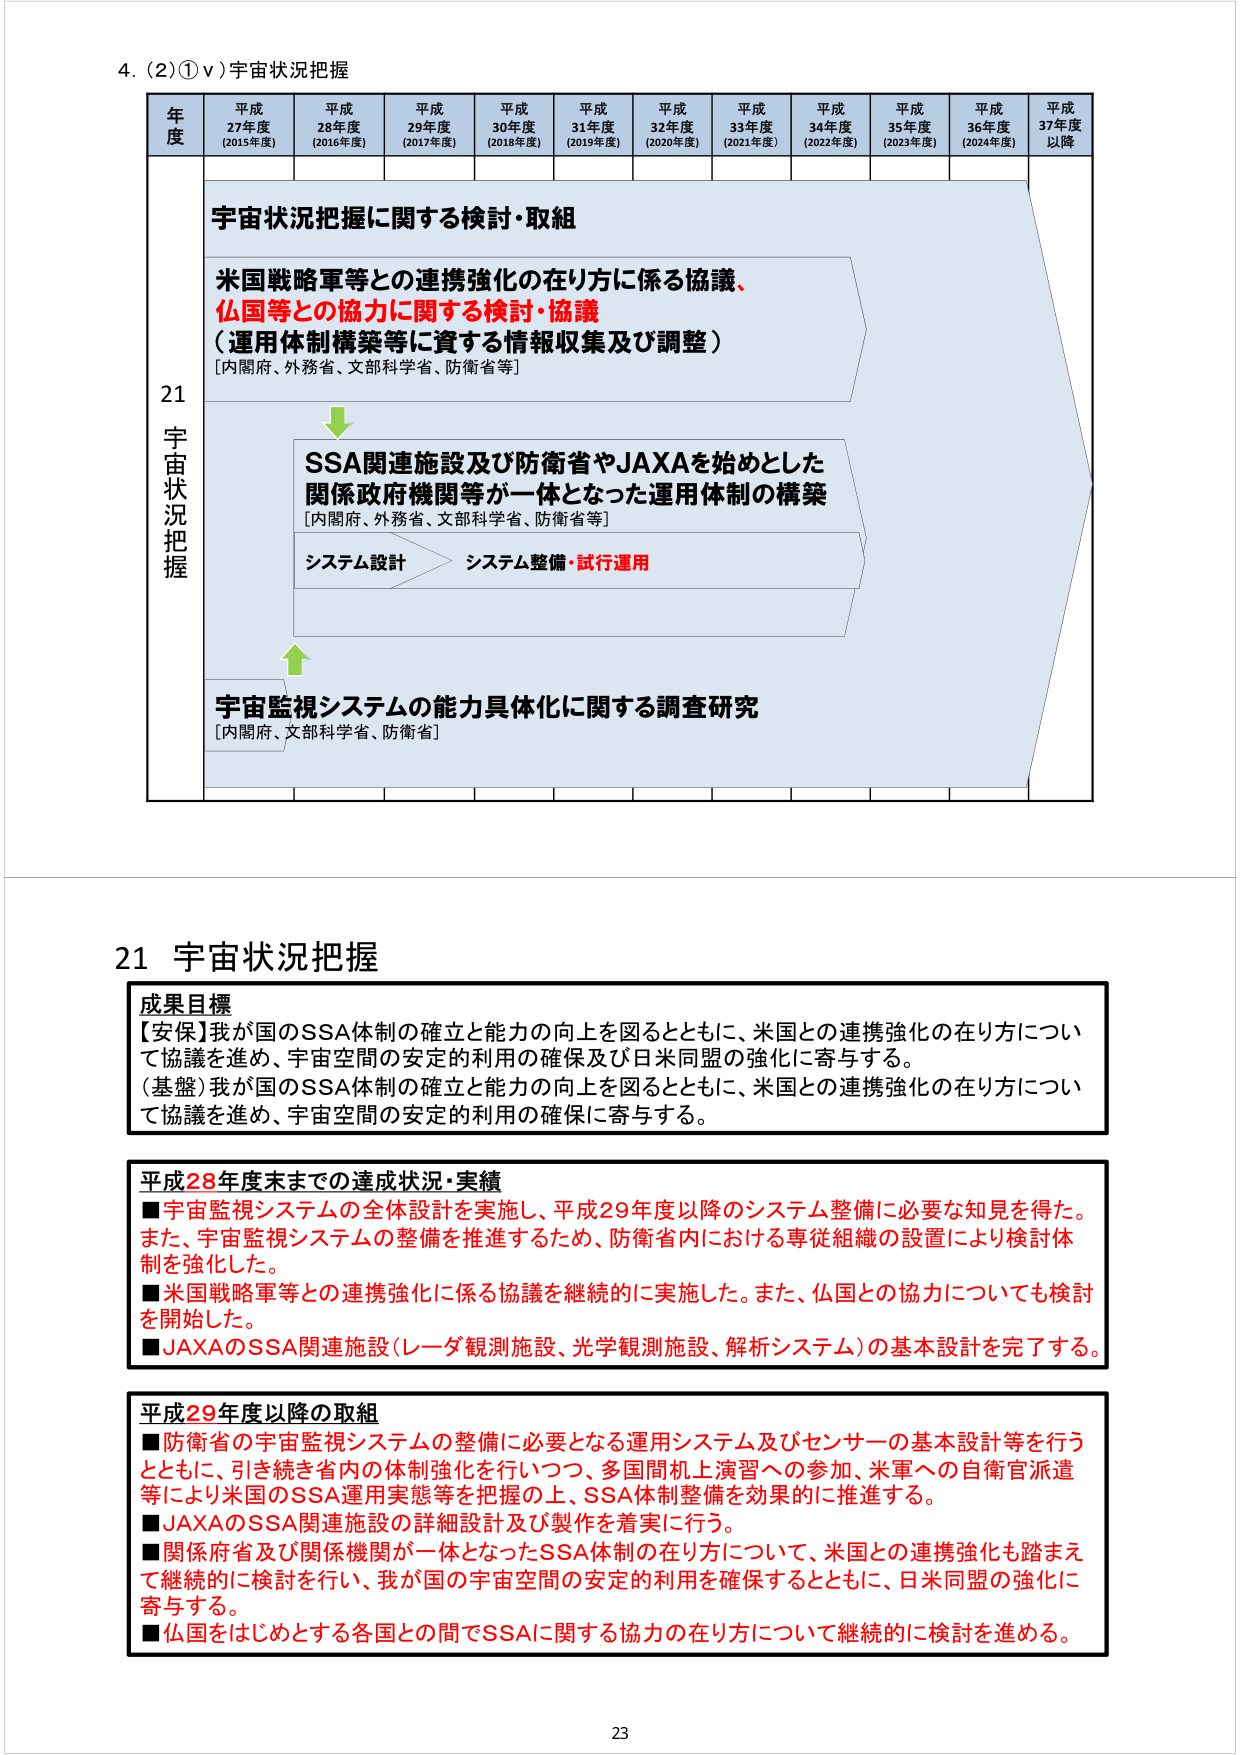
4. (2) ① ⅴ) 宇宙状況把握

年度 平成27年度 (2015年度) 平成28年度 (2016年度) 平成29年度 (2017年度) 平成30年度 (2018年度) 平成31年度 (2019年度) 平成32年度 (2020年度) 平成33年度 (2021年度) 平成34年度 (2022年度) 平成35年度 (2023年度) 平成36年度 (2024年度) 平成37年度以降

21 宇宙状況把握

宇宙状況把握に関する検討・取組

米国戦略軍等との連携強化の在り方に係る協議、
仏国等との協力に関する検討・協議
（運用体制構築等に資する情報収集及び調整）
[内閣府、外務省、文部科学省、防衛省等]

↓

SSA関連施設及び防衛省やJAXAを始めとした
関係政府機関等が一体となった運用体制の構築
[内閣府、外務省、文部科学省、防衛省等]

システム設計 → システム整備・試行運用

↑

宇宙監視システムの能力具体化に関する調査研究
[内閣府、文部科学省、防衛省]

21 宇宙状況把握

成果目標
【安保】我が国のSSA体制の確立と能力の向上を図るとともに、米国との連携強化の在り方について協議を進め、宇宙空間の安定的利用の確保及び日米同盟の強化に寄与する。
（基盤）我が国のSSA体制の確立と能力の向上を図るとともに、米国との連携強化の在り方について協議を進め、宇宙空間の安定的利用の確保に寄与する。

平成28年度末までの達成状況・実績
■宇宙監視システムの全体設計を実施し、平成29年度以降のシステム整備に必要な知見を得た。また、宇宙監視システムの整備を推進するため、防衛省内における専従組織の設置により検討体制を強化した。
■米国戦略軍等との連携強化に係る協議を継続的に実施した。また、仏国との協力についても検討を開始した。
■JAXAのSSA関連施設（レーダ観測施設、光学観測施設、解析システム）の基本設計を完了する。

平成29年度以降の取組
■防衛省の宇宙監視システムの整備に必要となる運用システム及びセンサーの基本設計等を行うとともに、引き続き省内の体制強化を行いつつ、多国間機上演習への参加、米軍への自衛官派遣等により米国のSSA運用実態等を把握の上、SSA体制整備を効果的に推進する。
■JAXAのSSA関連施設の詳細設計及び製作を着実に行う。
■関係府省及び関係機関が一体となったSSA体制の在り方について、米国との連携強化も踏まえて継続的に検討を行い、我が国の宇宙空間の安定的利用を確保するとともに、日米同盟の強化に寄与する。
■仏国をはじめとする各国との間でSSAに関する協力の在り方について継続的に検討を進める。

23